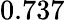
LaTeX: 0.737^{}